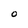
Character: O